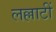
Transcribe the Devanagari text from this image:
लल्लाटीं